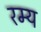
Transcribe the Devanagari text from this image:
रम्‍य